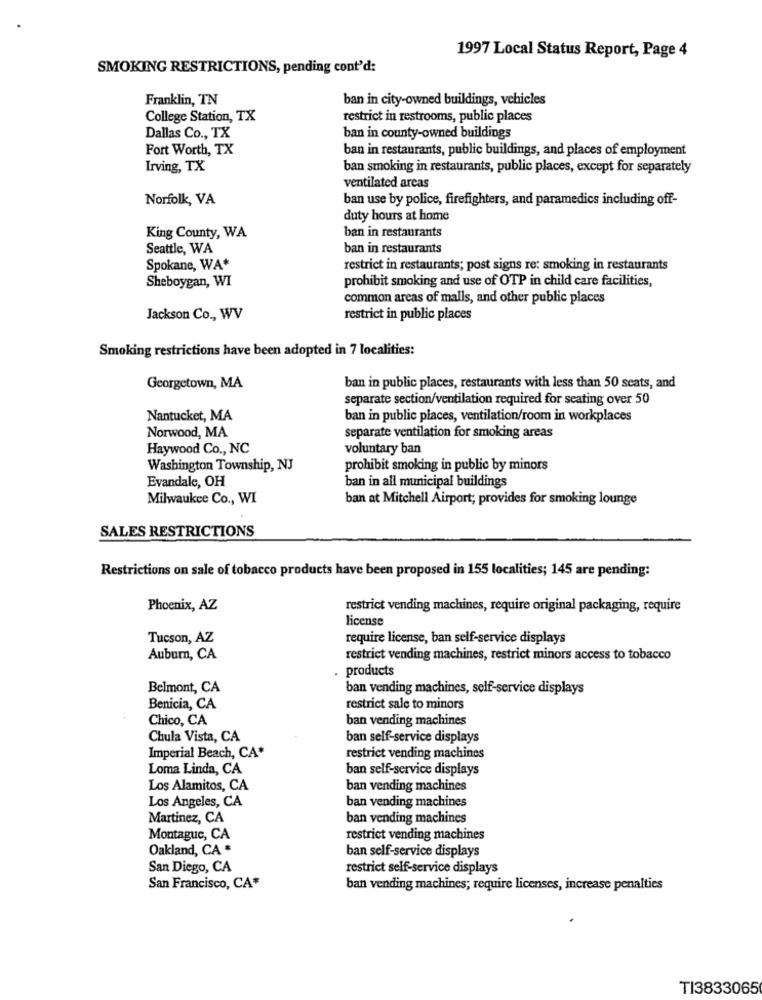
1997 Local Status Report, Page 4
SMOKING RESTRICTIONS, pending cont'd:
Franklin, TN
ban in city-owned buildings, vehicles
College Station, TX
restrict in restrooms, public places
Dallas Co ., TX
ban in county-owned buildings
Fort Worth, TX
ban in restaurants, public buildings, and places of employment
Irving, TX
ban smoking in restaurants, public places, except for separately
ventilated areas
Norfolk, VA
ban use by police, firefighters, and paramedics including off-
duty hours at home
King County, WA
ban in restaurants
Seattle, WA
ban in restaurants
Spokane, WA*
restrict in restaurants; post signs re: smoking in restaurants
prohibit smoking and use of OTP in child care facilities,
Sheboygan, WI
common areas of malls, and other public places
Jackson Co ., WV
restrict in public places
Smoking restrictions have been adopted in 7 localities:
Georgetown, MA
ban in public places, restaurants with less than 50 seats, and
separate section/ventilation required for seating over 50
Nantucket, MA
ban in public places, ventilation/room in workplaces
Norwood, MA
separate ventilation for smoking areas
Haywood Co ., NC
voluntary ban
Washington Township, NJ
prohibit smoking in public by minors
Evandale, OH
ban in all municipal buildings
Milwaukee Co ., WI
ban at Mitchell Airport; provides for smoking lounge
SALES RESTRICTIONS
Restrictions on sale of tobacco products have been proposed in 155 localities; 145 are pending:
Phoenix, AZ
restrict vending machines, require original packaging, require
license
Tucson, AZ
require license, ban self-service displays
Auburn, CA
restrict vending machines, restrict minors access to tobacco
products
Belmont, CA
ban vending machines, self-service displays
Benicia, CA
restrict sale to minors
Chico, CA
ban vending machines
Chula Vista, CA
ban self-service displays
Imperial Beach, CA*
restrict vending machines
Loma Linda, CA
ban self-service displays
Los Alamitos, CA
ban vending machines
ban vending machines
Los Angeles, CA
Martinez, CA
ban vending machines
Montague, CA
restrict vending machines
Oakland, CA *
ban self-service displays
San Diego, CA
restrict self-service displays
San Francisco, CA*
ban vending machines; require licenses, increase penalties
TI3833065